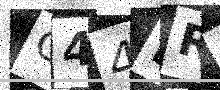
Text: C44BRD